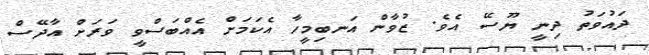
ދައުވަތު ދިނީ ޔޫސޭ އެވެ. ޒުވާން އަނބިމީހާ އެކަމަށް އެއްބަސްވީ ވަރަށް އާދޭސް